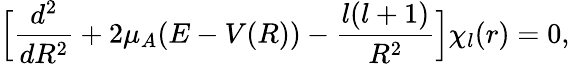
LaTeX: \Big[\frac{d^{2}}{dR^{2}}+2\mu_{A}(E-V(R))-\frac{l(l+1)}{R^{2}}\Big]\chi_{l}(r)=0,